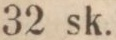
32 sk.